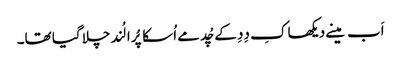
اَب مینے دیکھا کِ دِدِ کے چُد مے اُسکا پُرا لُند چلا گیا تھا۔